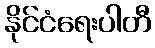
နိုင်ငံရေးပါတီ